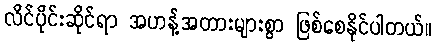
လိင်ပိုင်းဆိုင်ရာ အဟန့်အတားများစွာ ဖြစ်စေနိုင်ပါတယ်။